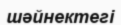
шәйнектегі